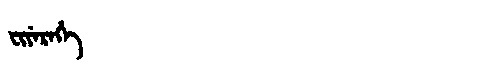
Manchu: ᠸᡳᠶᡝᡵᡝᡥᡝ
Romanization: FIYEREHE